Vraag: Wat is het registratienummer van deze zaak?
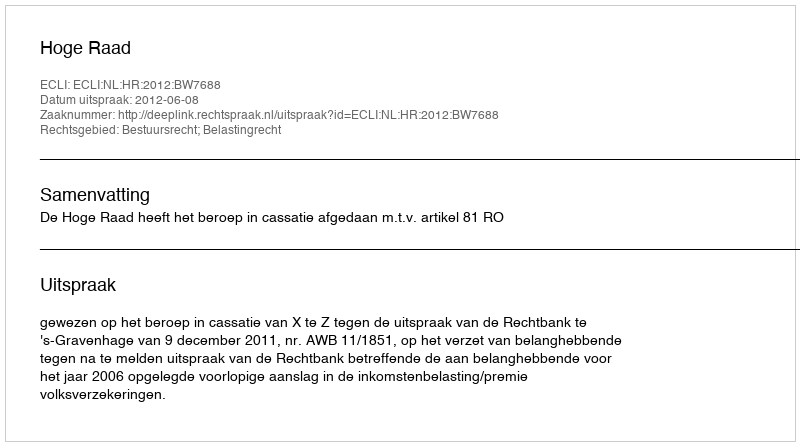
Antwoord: http://deeplink.rechtspraak.nl/uitspraak?id=ECLI:NL:HR:2012:BW7688